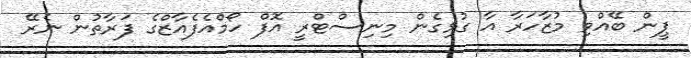
ޕީން ބޭއްވި މުޒާހަރާ އާ ގުޅިގެން މިނިސްޓްރީ އޮފް ހޯމްއެފެއާޒްގެ ފަރާތުން ނެރޭ